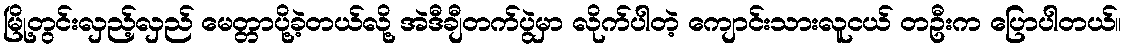
မြို့တွင်းလှည့်လှည် မေတ္တာပို့ခဲ့တယ်လို့ အဲဒီချီတက်ပွဲမှာ လိုက်ပါတဲ့ ကျောင်းသားလူငယ် တဦးက ပြောပါတယ်။